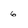
Character: 6